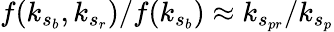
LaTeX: f(k_{s_{b}},k_{s_{r}})/f(k_{s_{b}})\approx k_{s_{pr}}/k_{s_{p}}